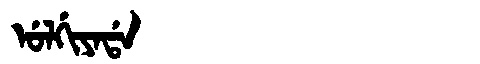
Manchu: ᡠᠯᡤᡳᠶᠠᡩᠠ
Romanization: ULGIYADA